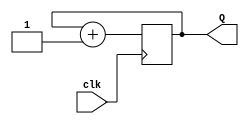
`timescale 1ns / 1ps
//////////////////////////////////////////////////////////////////////////////////
// Company: 
// Engineer: 
// 
// Design Name: 
// Module Name: two_bit_counter
// Project Name: 
// Target Devices: 
// Tool Versions: 
// Description: 
// 
// Dependencies: 
// 
// Revision:
// Revision 0.01 - File Created
// Additional Comments:
// 
//////////////////////////////////////////////////////////////////////////////////


module two_bit_counter(
    input clk,  // input clock
    output reg [1:0] Q // 2-bit register 
    );   
    
    /* on each positive edge of the input clock,
       count up from 0 to 3, and wrap around from 3 back to 0,
       with the 2 bit sized register Q
    */
    always @(posedge clk) begin              
        Q <= Q + 1'b1; 
    end     
    
endmodule